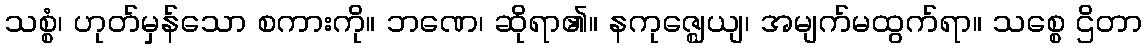
သစ္စံ၊ ဟုတ်မှန်သော စကားကို။ ဘဏေ၊ ဆိုရာ၏။ နကုဇ္ဈေယျ၊ အမျက်မထွက်ရာ။ သစ္စေ ဌိတာ